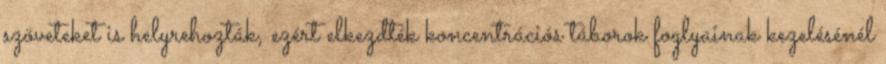
szöveteket is helyrehozták, ezért elkezdték koncentrációs táborok foglyainak kezelésénél